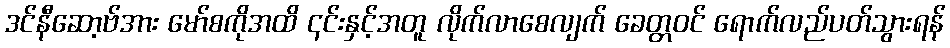
ဒင်နီဆော့ဗ်အား မော်စကိုအထိ ၎င်းနှင့်အတူ လိုက်လာစေလျက် ခေတ္တဝင် ရောက်လည်ပတ်သွားရန်